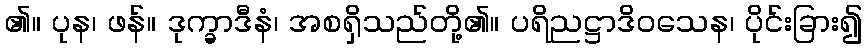
၏။ ပုန၊ ဖန်။ ဒုက္ခာဒီနံ၊ အစရှိသည်တို့၏။ ပရိညဋ္ဌာဒိဝသေန၊ ပိုင်းခြား၍